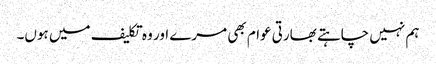
ہم نہیں چاہتے بھارتی عوام بھی مرے اور وہ تکلیف میں ہوں۔